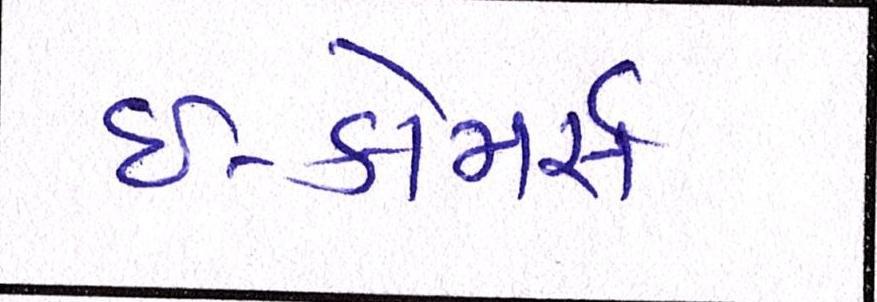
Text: ઇ-કોમસૅ